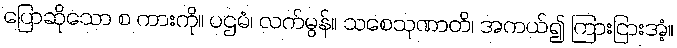
ပြောဆိုသော စ ကားကို။ ပဌမံ၊ လက်မွန်။ သစေသုဏာတိ၊ အကယ်၍ ကြားငြားအံ့။